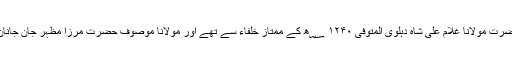
ہندوستان کے مشہور مجددی بزرگ حضرت مولانا غلام علی شاہ دہلوی المتوفی ۱۲۴۰ ؁ھ کے ممتاز خلفاء سے تھے اور مولانا موصوف حضرت مرزا مظہر جانِ جانان شہیدؒ المتوفی ۱۱۹۵ ؁ھ کے خلیفہ ۔